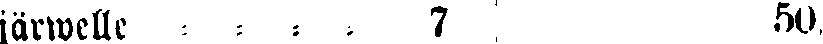
järwelle - - - - 7 50.